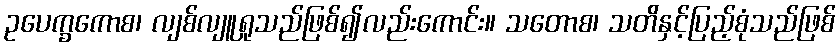
ဥပေက္ခကောစ၊ လျစ်လျူရှုသည်ဖြစ်၍လည်းကောင်း။ သတောစ၊ သတိနှင့်ပြည့်စုံသည်ဖြစ်